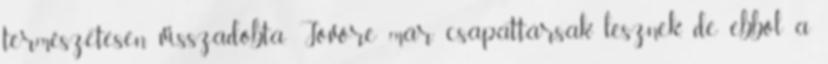
természetesen visszadobta. Jövőre már csapattársak lesznek, de ebből a